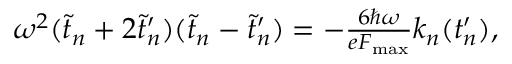
\begin{array} { r } { \omega ^ { 2 } ( \tilde { t } _ { n } + 2 \tilde { t } _ { n } ^ { \prime } ) ( \tilde { t } _ { n } - \tilde { t } _ { n } ^ { \prime } ) = - \frac { 6 \hbar \omega } { e F _ { \mathrm { m a x } } } k _ { n } ( t _ { n } ^ { \prime } ) , } \end{array}